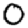
Digit: 0